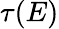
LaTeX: \tau(E)